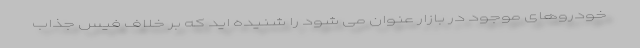
خودروهای موجود در بازار عنوان می شود را شنیده اید که بر خلاف فیس جذاب